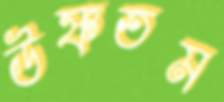
উষ্ণতম